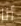
أنا